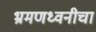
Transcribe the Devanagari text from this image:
भ्रमणध्वनीचा